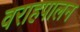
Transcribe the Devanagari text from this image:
वराहपालन